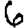
Digit: 6